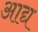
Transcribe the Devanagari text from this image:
अाद्य